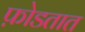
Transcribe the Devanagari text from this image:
फ़ोडतात